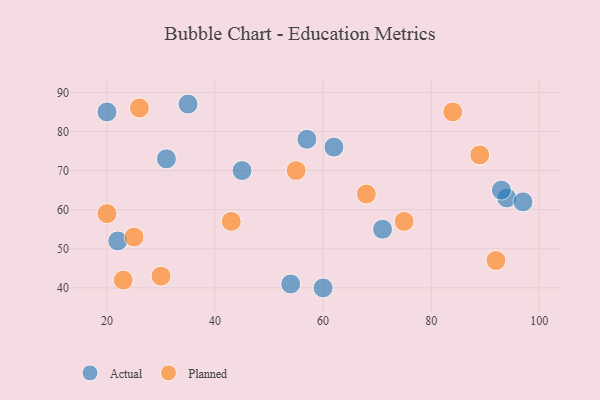
{"axis": {"x": "GDP", "y": "Life Expectancy"}, "legend": ["Actual", "Planned"], "data": [{"x": "35", "y": 87, "type": "Actual"}, {"x": "71", "y": 55, "type": "Actual"}, {"x": "94", "y": 63, "type": "Actual"}, {"x": "57", "y": 78, "type": "Actual"}, {"x": "93", "y": 65, "type": "Actual"}, {"x": "62", "y": 76, "type": "Actual"}, {"x": "20", "y": 85, "type": "Actual"}, {"x": "31", "y": 73, "type": "Actual"}, {"x": "45", "y": 70, "type": "Actual"}, {"x": "22", "y": 52, "type": "Actual"}, {"x": "97", "y": 62, "type": "Actual"}, {"x": "54", "y": 41, "type": "Actual"}, {"x": "60", "y": 40, "type": "Actual"}, {"x": "68", "y": 64, "type": "Planned"}, {"x": "84", "y": 85, "type": "Planned"}, {"x": "26", "y": 86, "type": "Planned"}, {"x": "20", "y": 59, "type": "Planned"}, {"x": "89", "y": 74, "type": "Planned"}, {"x": "55", "y": 70, "type": "Planned"}, {"x": "75", "y": 57, "type": "Planned"}, {"x": "43", "y": 57, "type": "Planned"}, {"x": "92", "y": 47, "type": "Planned"}, {"x": "30", "y": 43, "type": "Planned"}, {"x": "23", "y": 42, "type": "Planned"}, {"x": "25", "y": 53, "type": "Planned"}]}